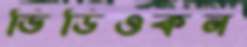
ভিডিওকন